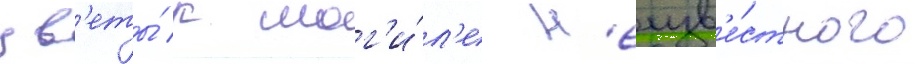
цв'еты́ к мог'и́л'е н'еизв'е́стного